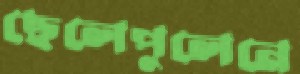
ছেলেপুলেনে